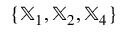
\{ { \mathbb X } _ { 1 } , { \mathbb X } _ { 2 } , { \mathbb X } _ { 4 } \}